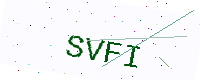
Text: SVFI